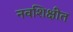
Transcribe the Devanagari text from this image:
नवशिक्षीत